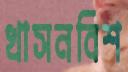
খাসনবিশ